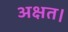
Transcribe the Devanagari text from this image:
अक्षत।